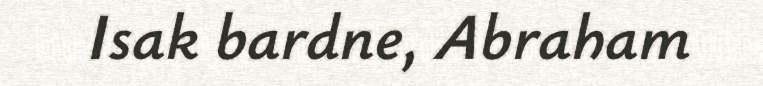
Isak bardne, Abraham